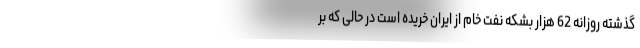
گذشته روزانه 62 هزار بشکه نفت خام از ایران خریده است در حالی که بر